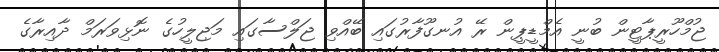
ޖުމްހޫރީޕާޓީން ބުނީ އެމްޑީޕީން ރޭ އުނގޫފާރުގައި ބޭއްވި ޖަލްސާގައި މަޖިލީހުގެ ނޮޅިވަރަމް ދާއިރާގެ